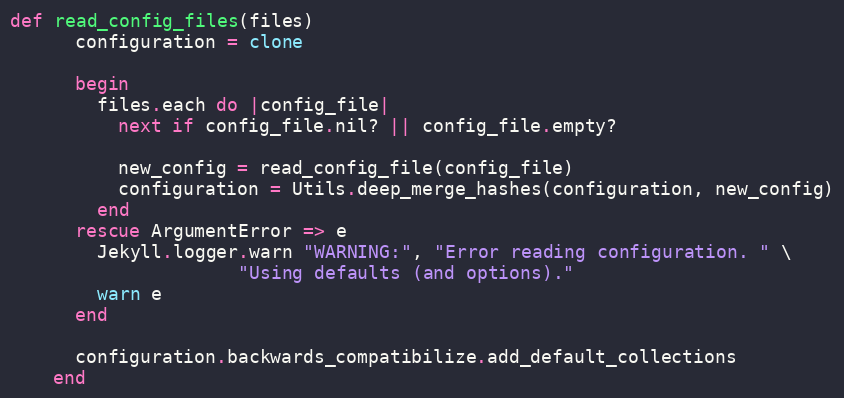
Language: Ruby
def read_config_files(files)
      configuration = clone

      begin
        files.each do |config_file|
          next if config_file.nil? || config_file.empty?

          new_config = read_config_file(config_file)
          configuration = Utils.deep_merge_hashes(configuration, new_config)
        end
      rescue ArgumentError => e
        Jekyll.logger.warn "WARNING:", "Error reading configuration. " \
                     "Using defaults (and options)."
        warn e
      end

      configuration.backwards_compatibilize.add_default_collections
    end